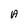
Character: A